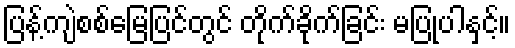
ပြန့်ကျဲစစ်မြေပြင်တွင် တိုက်ခိုက်ခြင်း မပြုပါနှင့်။